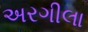
અરગીલા